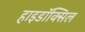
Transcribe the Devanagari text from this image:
हाइडॉक्सिल